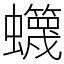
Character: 䘊